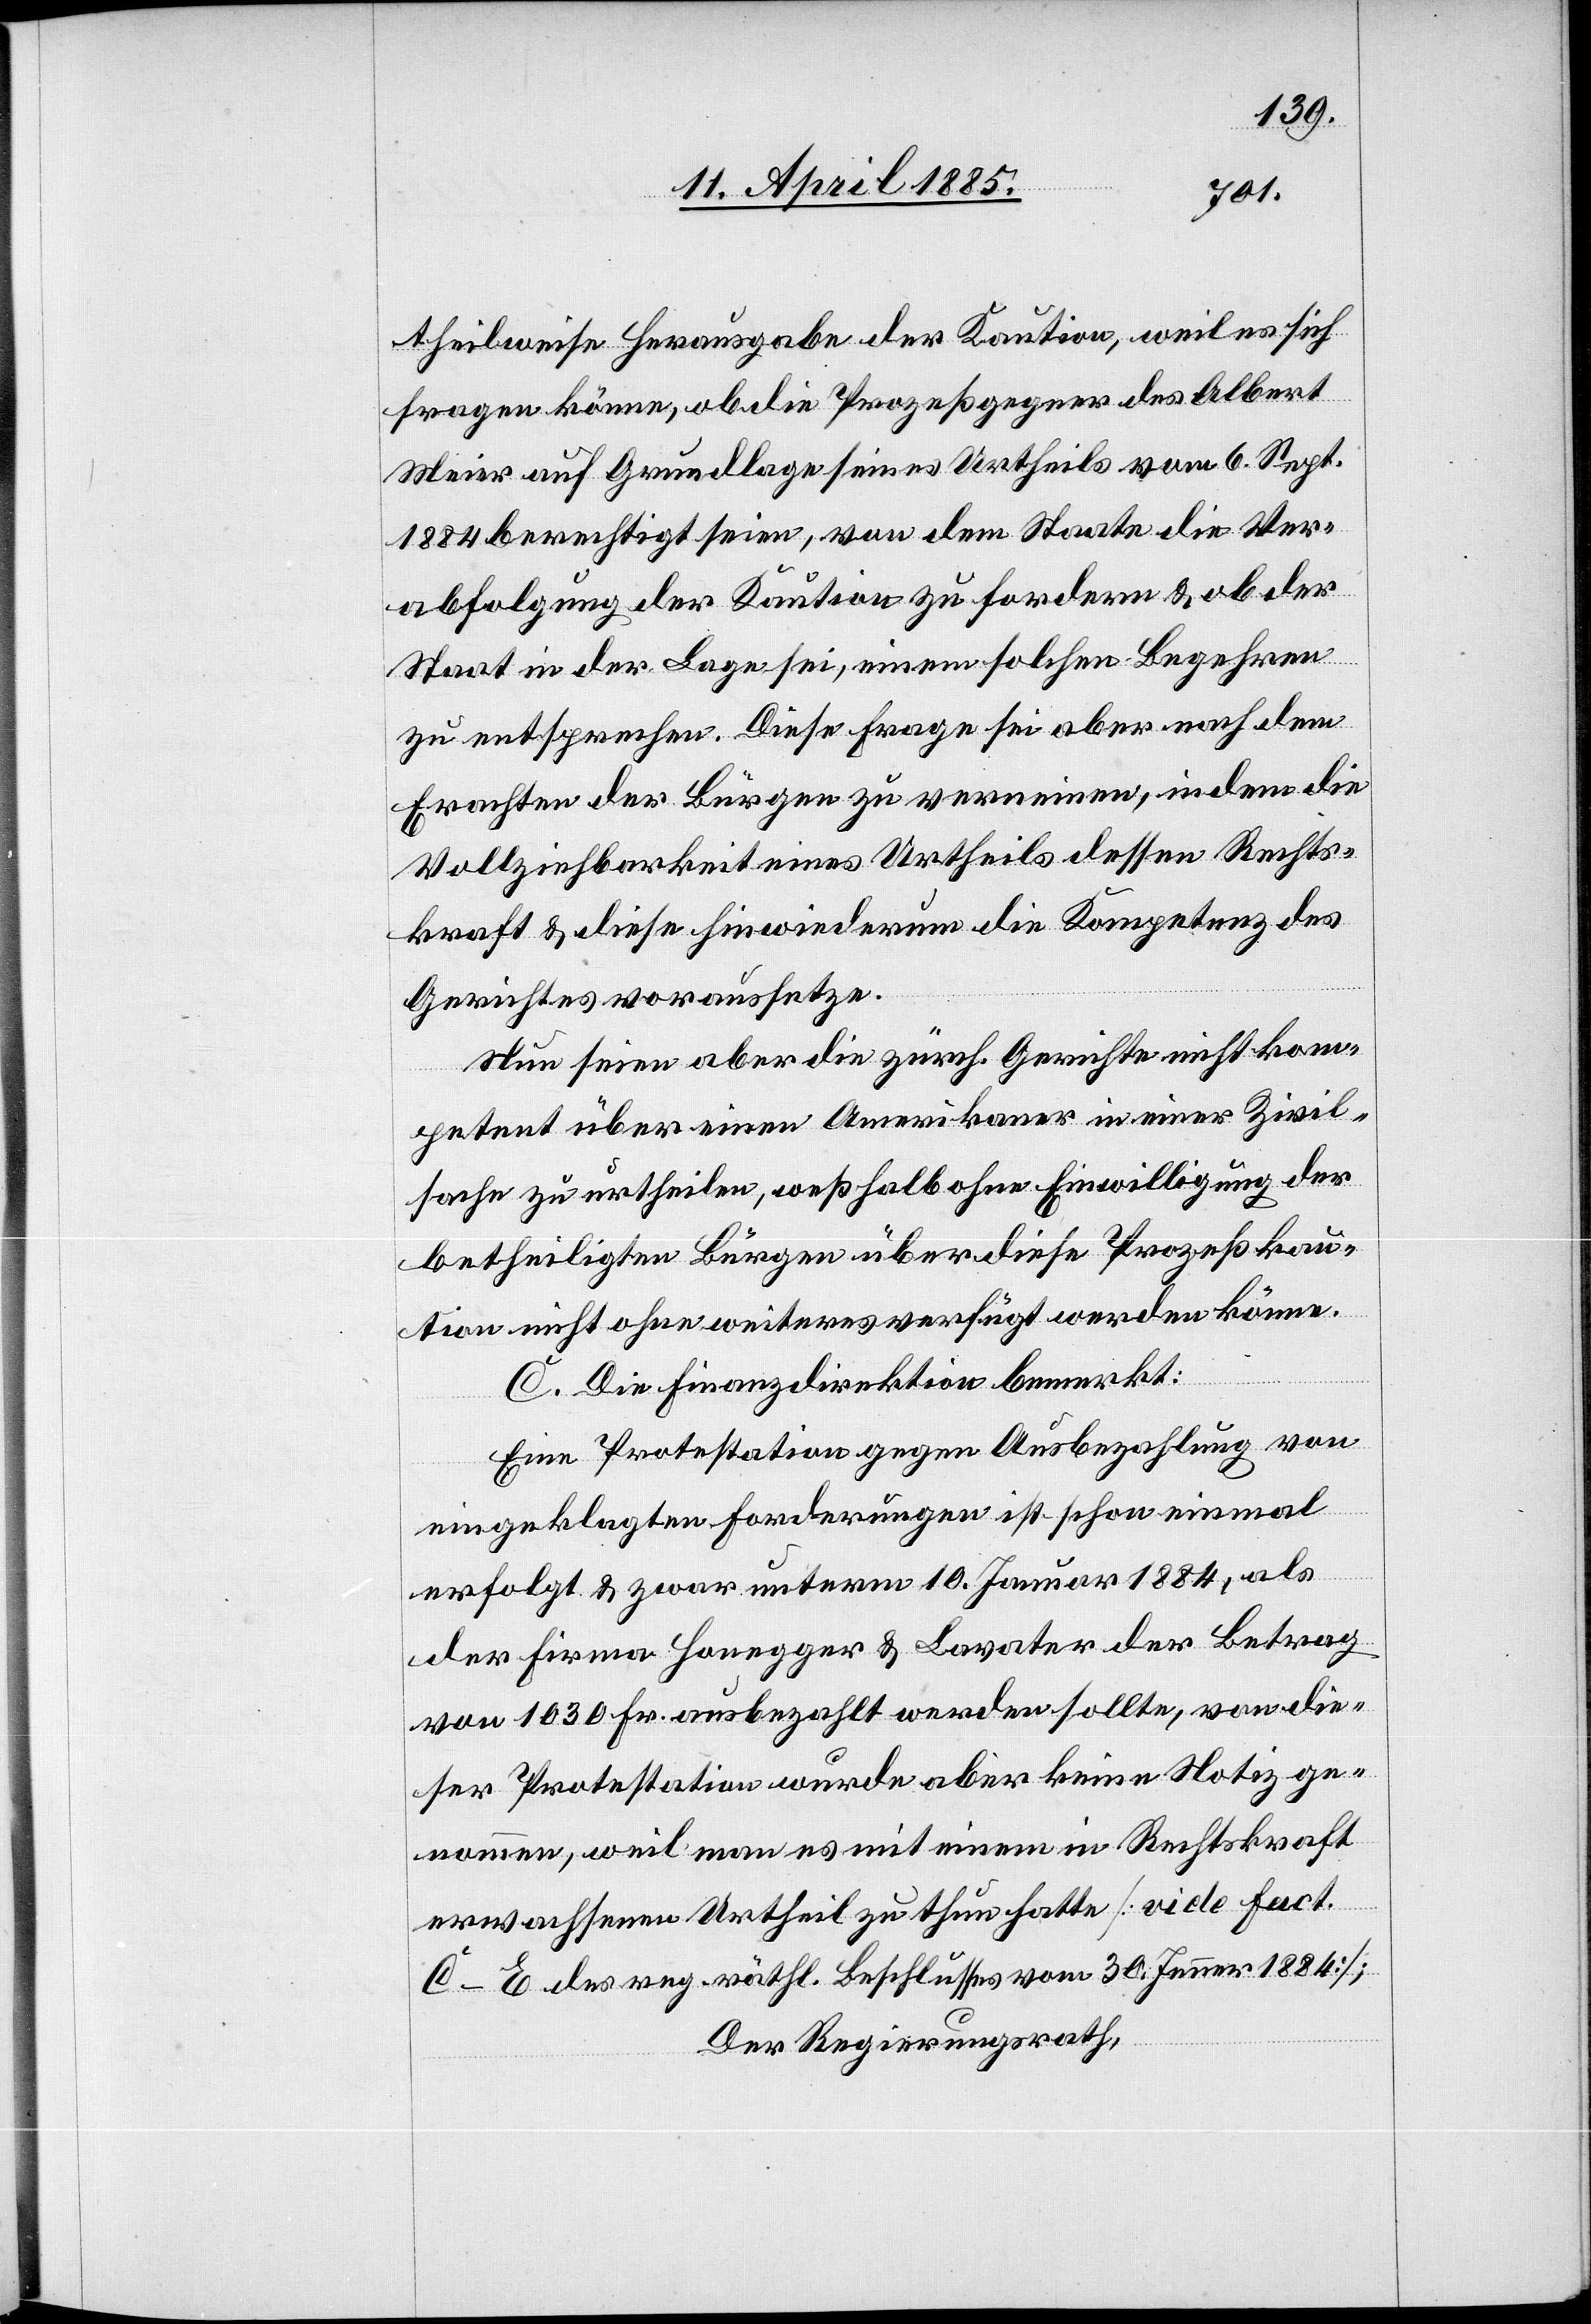
theilweise Herausgabe der Kaution, weil es sich
fragen könne, ob die Prozeßgegner des Albert
Meier auf Grundlage seines Urtheils vom 6. Sept.
1884 berechtigt seien, von dem Staate die Ver¬
abfolgung der Kaution zu fordern & ob der
Staat in der Lage sei, einem solchen Begehren
zu entsprechen. Diese Frage sei aber nach dem
Erachten der Bürgen zu verneinen, indem die
Vollziehbarkeit eines Urtheils dessen Rechts¬
kraft & diese hin wiederum die Kompetenz des
Gerichtes voraussetze.
Nun seien aber die zürch. Gerichte nicht kom¬
petent über einen Amerikaner in einer Zivil¬
sache zu urtheilen, weßhalb ohne Einwilligung der
betheiligten Bürgen über diese Prozeßkau¬
tion nicht ohne weiteres verfügt werden könne.
C. Die Finanzdirektion bemerkt:
Eine Protestation gegen Ausbezahlung von
eingeklagten Forderungen ist schon einmal
erfolgt & zwar unterm 10. Januar 1884, als
der Firma Honegger & Lavater der Betrag
von 1030 Fr. ausbezahlt werden sollte, von die¬
ser Protestation wurde aber keine Notiz ge¬
nommen, weil man es mit einem in Rechtskraft
erwachsenen Urtheil zu thun hatte [vide Fact.
C–E des reg. räthl. Beschlusses vom 30. Januar 1884];
Der Regierungsrath,